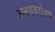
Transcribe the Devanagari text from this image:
अवयवरोपण